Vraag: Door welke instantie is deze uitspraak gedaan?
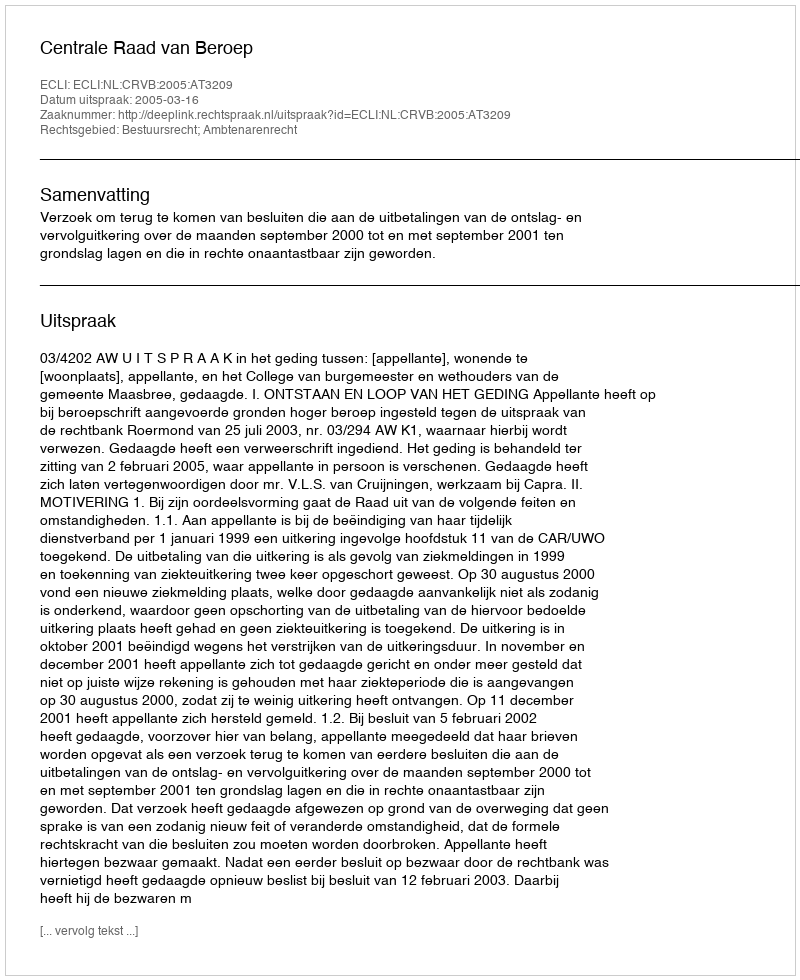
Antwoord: Centrale Raad van Beroep